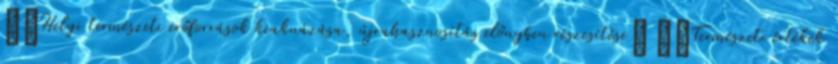
▪„Helyi természeti erőforrások kiaknázása, újrahasznosítás előnyben részesítése” ▪„Természeti értékek